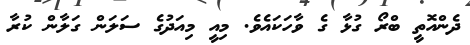
ދެންއޮތީ ބްރޯ ގުޅާ ގެ ވާހަކައެވެ. މިއީ މިއަދުގެ ސަލަން ގަލާން ކުރާ